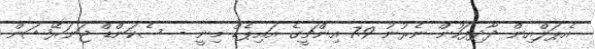
އެޕަލްއިން ދާދިފަހުން ނެރުނު 7.9 އިންޗީގެ އައިޕެޑް މިނީ - ސެކަންޑް ޖަނަރޭޝަން